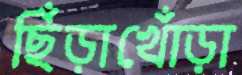
ছিঁড়াখোঁড়া